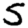
Digit: 5